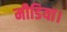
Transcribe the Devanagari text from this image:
मीडिया।